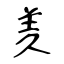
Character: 羑